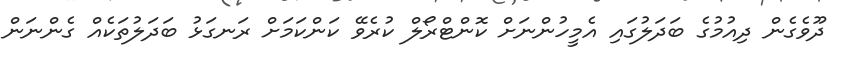
ދޫވެގެން ދިއުމުގެ ބަދަލުގައި އެމީހުންނަށް ކޮންޓްރޯލް ކުރެވޭ ކަންކަމަށް ރަނގަޅު ބަދަލުތަކެއް ގެންނަން